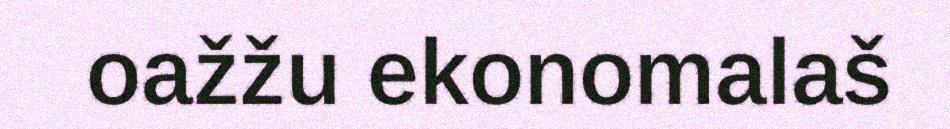
oažžu ekonomalaš